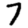
Digit: 7